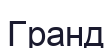
Гранд